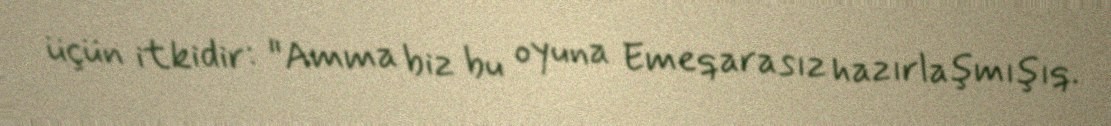
üçün itkidir: "Amma biz bu oyuna Emeqarasız hazırlaşmışıq.